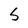
Character: S